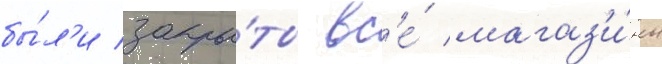
бы́л'и закры́ты вс'е́ магаз'и́ны